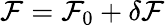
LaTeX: \mathcal{F}=\mathcal{F}_{0}+\delta\mathcal{F}